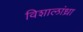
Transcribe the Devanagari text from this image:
विशालांध्रा